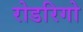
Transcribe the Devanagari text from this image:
रोडरिगो